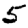
Digit: 5